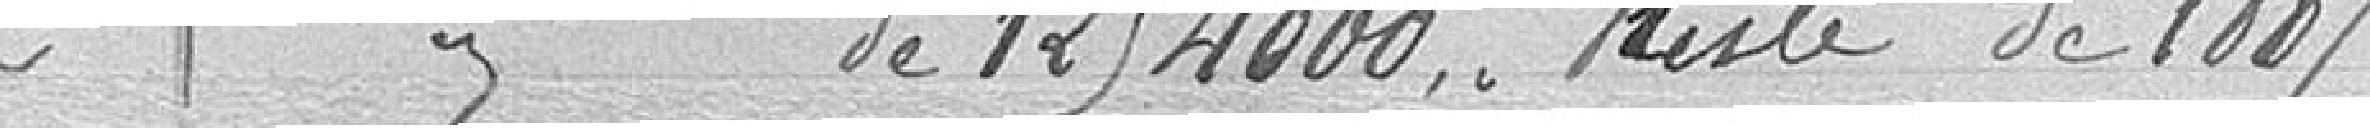
2 Emprunt de 1254000.. Reste de 1887        940.    980.    40.